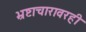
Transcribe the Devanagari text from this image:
भ्रष्टाचारावरही